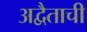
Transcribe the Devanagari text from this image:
अद्वैताची